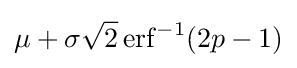
\mu +\sigma {\sqrt {2}}\operatorname {erf} ^{-1}(2p-1)